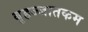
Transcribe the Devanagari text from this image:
बृहज्जातकम